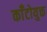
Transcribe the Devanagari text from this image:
काँटोयुक्त